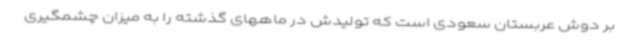
بر دوش عربستان سعودی است که تولیدش در ماههای گذشته را به میزان چشمگیری